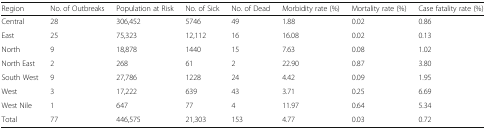
<table><thead><tr><td><b>Region</b></td><td><b>No. of Outbreaks</b></td><td><b>Population at Risk</b></td><td><b>No. of Sick</b></td><td><b>No. of Dead</b></td><td><b>Morbidity rate (%)</b></td><td><b>Mortality rate (%)</b></td><td><b>Case fatality rate (%)</b></td></tr></thead><tbody><tr><td>Central</td><td>28</td><td>306,452</td><td>5746</td><td>49</td><td>1.88</td><td>0.02</td><td>0.86</td></tr><tr><td>East</td><td>25</td><td>75,323</td><td>12,112</td><td>16</td><td>16.08</td><td>0.02</td><td>0.13</td></tr><tr><td>North</td><td>9</td><td>18,878</td><td>1440</td><td>15</td><td>7.63</td><td>0.08</td><td>1.02</td></tr><tr><td>North East</td><td>2</td><td>268</td><td>61</td><td>2</td><td>22.90</td><td>0.87</td><td>3.80</td></tr><tr><td>South West</td><td>9</td><td>27,786</td><td>1228</td><td>24</td><td>4.42</td><td>0.09</td><td>1.95</td></tr><tr><td>West</td><td>3</td><td>17,222</td><td>639</td><td>43</td><td>3.71</td><td>0.25</td><td>6.69</td></tr><tr><td>West Nile</td><td>1</td><td>647</td><td>77</td><td>4</td><td>11.97</td><td>0.64</td><td>5.34</td></tr><tr><td>Total</td><td>77</td><td>446,575</td><td>21,303</td><td>153</td><td>4.77</td><td>0.03</td><td>0.72</td></tr></tbody></table>